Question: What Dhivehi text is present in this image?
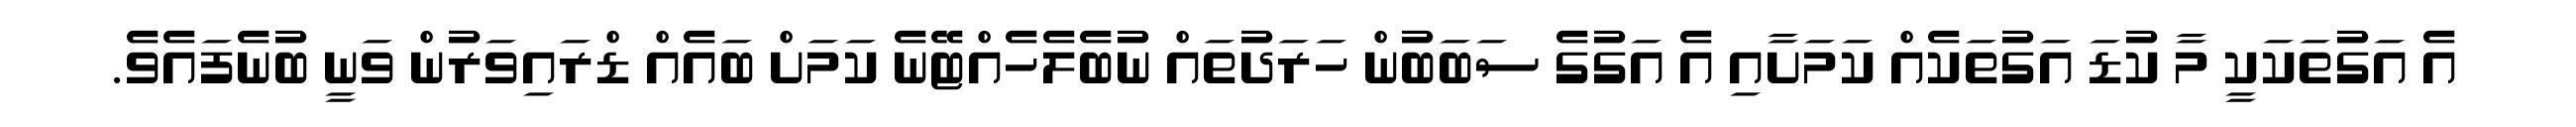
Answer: އެ އަގުތަކަކީ މާ ކުޑަ އަގުތަކެއް ކަމަށާއި އެ އަގުގެ ސަބަބުން ހަރަދުތައް ނުބެލެހެއްޓޭނެ ކަމަށް ބައެއް ޑްރައިވަރުން ވަނީ ބުނެފައެވެ.